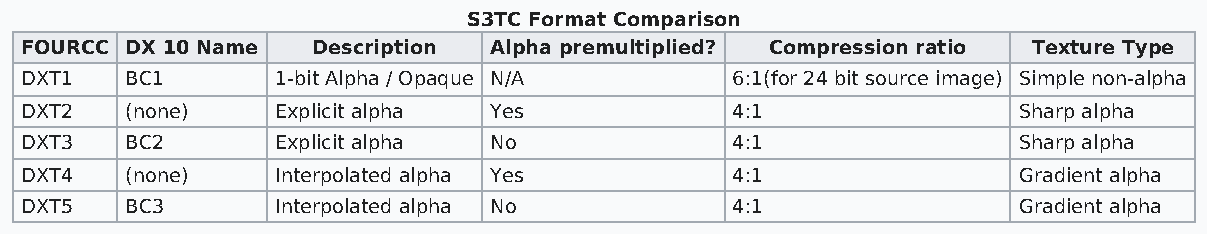
S3TC Format Comparison
 FOURCC DX 10 Name   Description Alpha premultiplied? Compression ratio Texture Type
 DXT1   BC1       1-bit Alpha / Opaque N/A      6:1(for 24 bit source image) Simple non-alpha
 DXT2   (none)    Explicit alpha Yes            4:1                Sharp alpha
 DXT3   BC2       Explicit alpha No             4:1                Sharp alpha
 DXT4   (none)    Interpolated alpha Yes        4:1                Gradient alpha
 DXT5   BC3       Interpolated alpha No         4:1                Gradient alpha